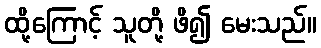
ထို့ကြောင့် သူတို့ ဖိ၍ မေးသည်။